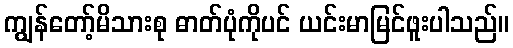
ကျွန်တော့်မိသားစု ဓာတ်ပုံကိုပင် ယင်းမာမြင်ဖူးပါသည်။